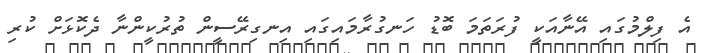
އެ ފިލްމުގައި އޭނާއަކީ ފުރަތަމަ ބޮޑު ހަނގުރާމައިގައި އިނގިރޭސީން ތުރުކީންނާ ދެކޮޅަށް ކުރި